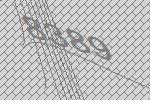
8389